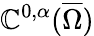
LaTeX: \mathbb{C}^{0,\alpha}({\overline{{{\Omega}}}})